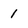
Character: 1